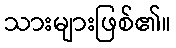
သားများဖြစ်၏။